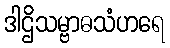
ဒါဌိသမ္ဗာဓသံဟရေ